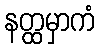
နတ္ထမှာကံ